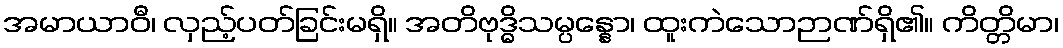
အမာယာဝီ၊ လှည့်ပတ်ခြင်းမရှိ။ အတိဗုဒ္ဓိသမ္ပန္နော၊ ထူးကဲသောဉာဏ်ရှိ၏။ ကိတ္တိမာ၊